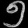
Digit: ၅